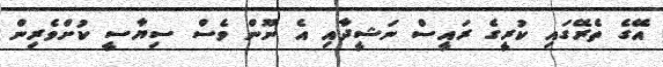
އޭގެ ތެރޭގައި ކުރީގެ ރައީސް ނަޝީދާއި އެ ނޫން ވެސް ސިޔާސީ ކުށްވެރިން